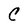
Character: C